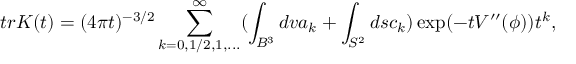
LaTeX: t r K ( t ) = ( 4 \pi t ) ^ { - 3 / 2 } \sum _ { k = 0 , 1 / 2 , 1 , . . . } ^ { \infty } ( \int _ { B ^ { 3 } } d v a _ { k } + \int _ { S ^ { 2 } } d s c _ { k } ) \exp ( - t V ^ { \prime \prime } ( \phi ) ) t ^ { k } ,